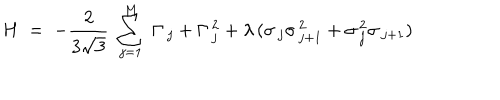
H \; = \; - \frac { 2 } { 3 \sqrt { 3 } } \; \sum _ { j = 1 } ^ { M } \; \Gamma _ { \, j } + \Gamma _ { \, j } ^ { \, 2 } + \lambda \, ( \sigma _ { \, j } \sigma _ { \, j + 1 } ^ { \, 2 } + \sigma _ { \, j } ^ { \, 2 } \sigma _ { \, j + 1 } )